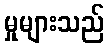
မှုများသည်